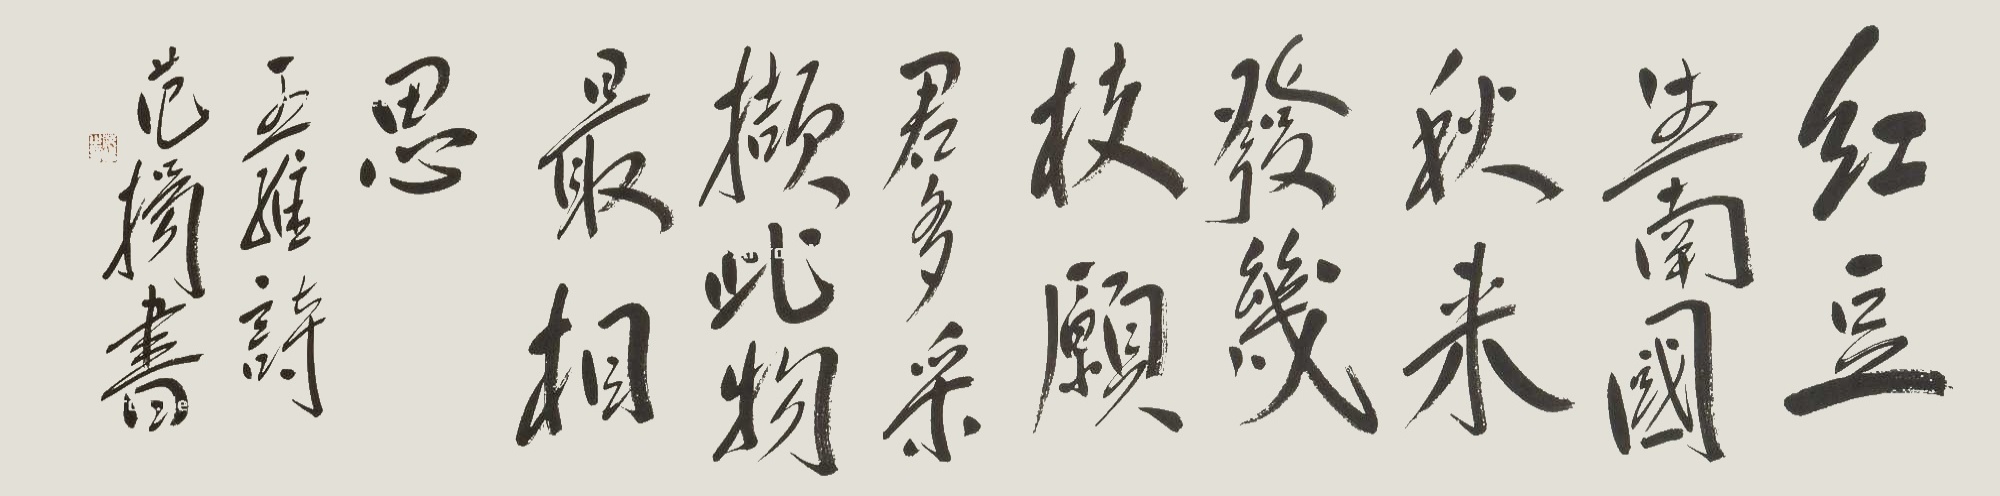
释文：红豆生南国，春来发几枝。愿君多采撷，此物最相思。王维诗，范扬书。